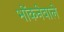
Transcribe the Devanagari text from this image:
भोंकनेवाले